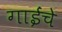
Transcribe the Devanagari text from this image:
गाईंचे